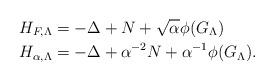
LaTeX: \begin{align*} H_{F,\Lambda} &= -\Delta +N + \sqrt{\alpha}\phi(G_{\Lambda})\\ H_{\alpha,\Lambda} &= -\Delta+\alpha^{-2}N + \alpha^{-1}\phi(G_{\Lambda}).\end{align*}